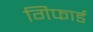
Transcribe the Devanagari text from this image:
गिफार्ड